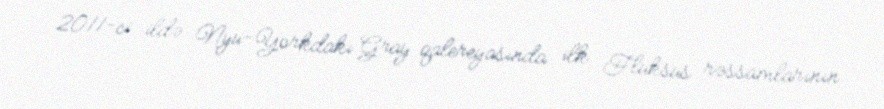
2011-ci ildə Nyu-Yorkdakı Gray qalereyasında ilk Fluksus rəssamlarının